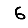
Digit: 6